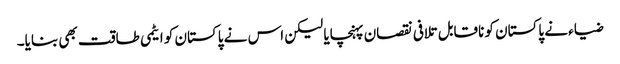
ضیاء نے پاکستان کو ناقابل تلافی نقصان پہنچایا لیکن اس نے پاکستان کو ایٹمی طاقت بھی بنایا۔